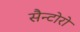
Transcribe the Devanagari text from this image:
सैन्टोरो